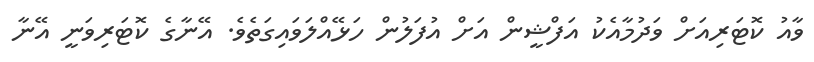
ވާއު ކޮޓަރިއަށް ވަދުމާއެކު އަފްޝީން އަށް އުފަލުން ހަޅޭއްލަވައިގަތެވެ. އޭނާގެ ކޮޓަރިވަނީ އޭނާ